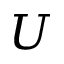
U